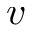
v